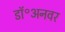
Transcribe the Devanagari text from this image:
डॉ॰अनवर